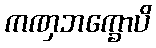
ကဏှဘက္ခောပိ